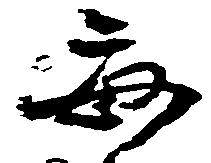
毎